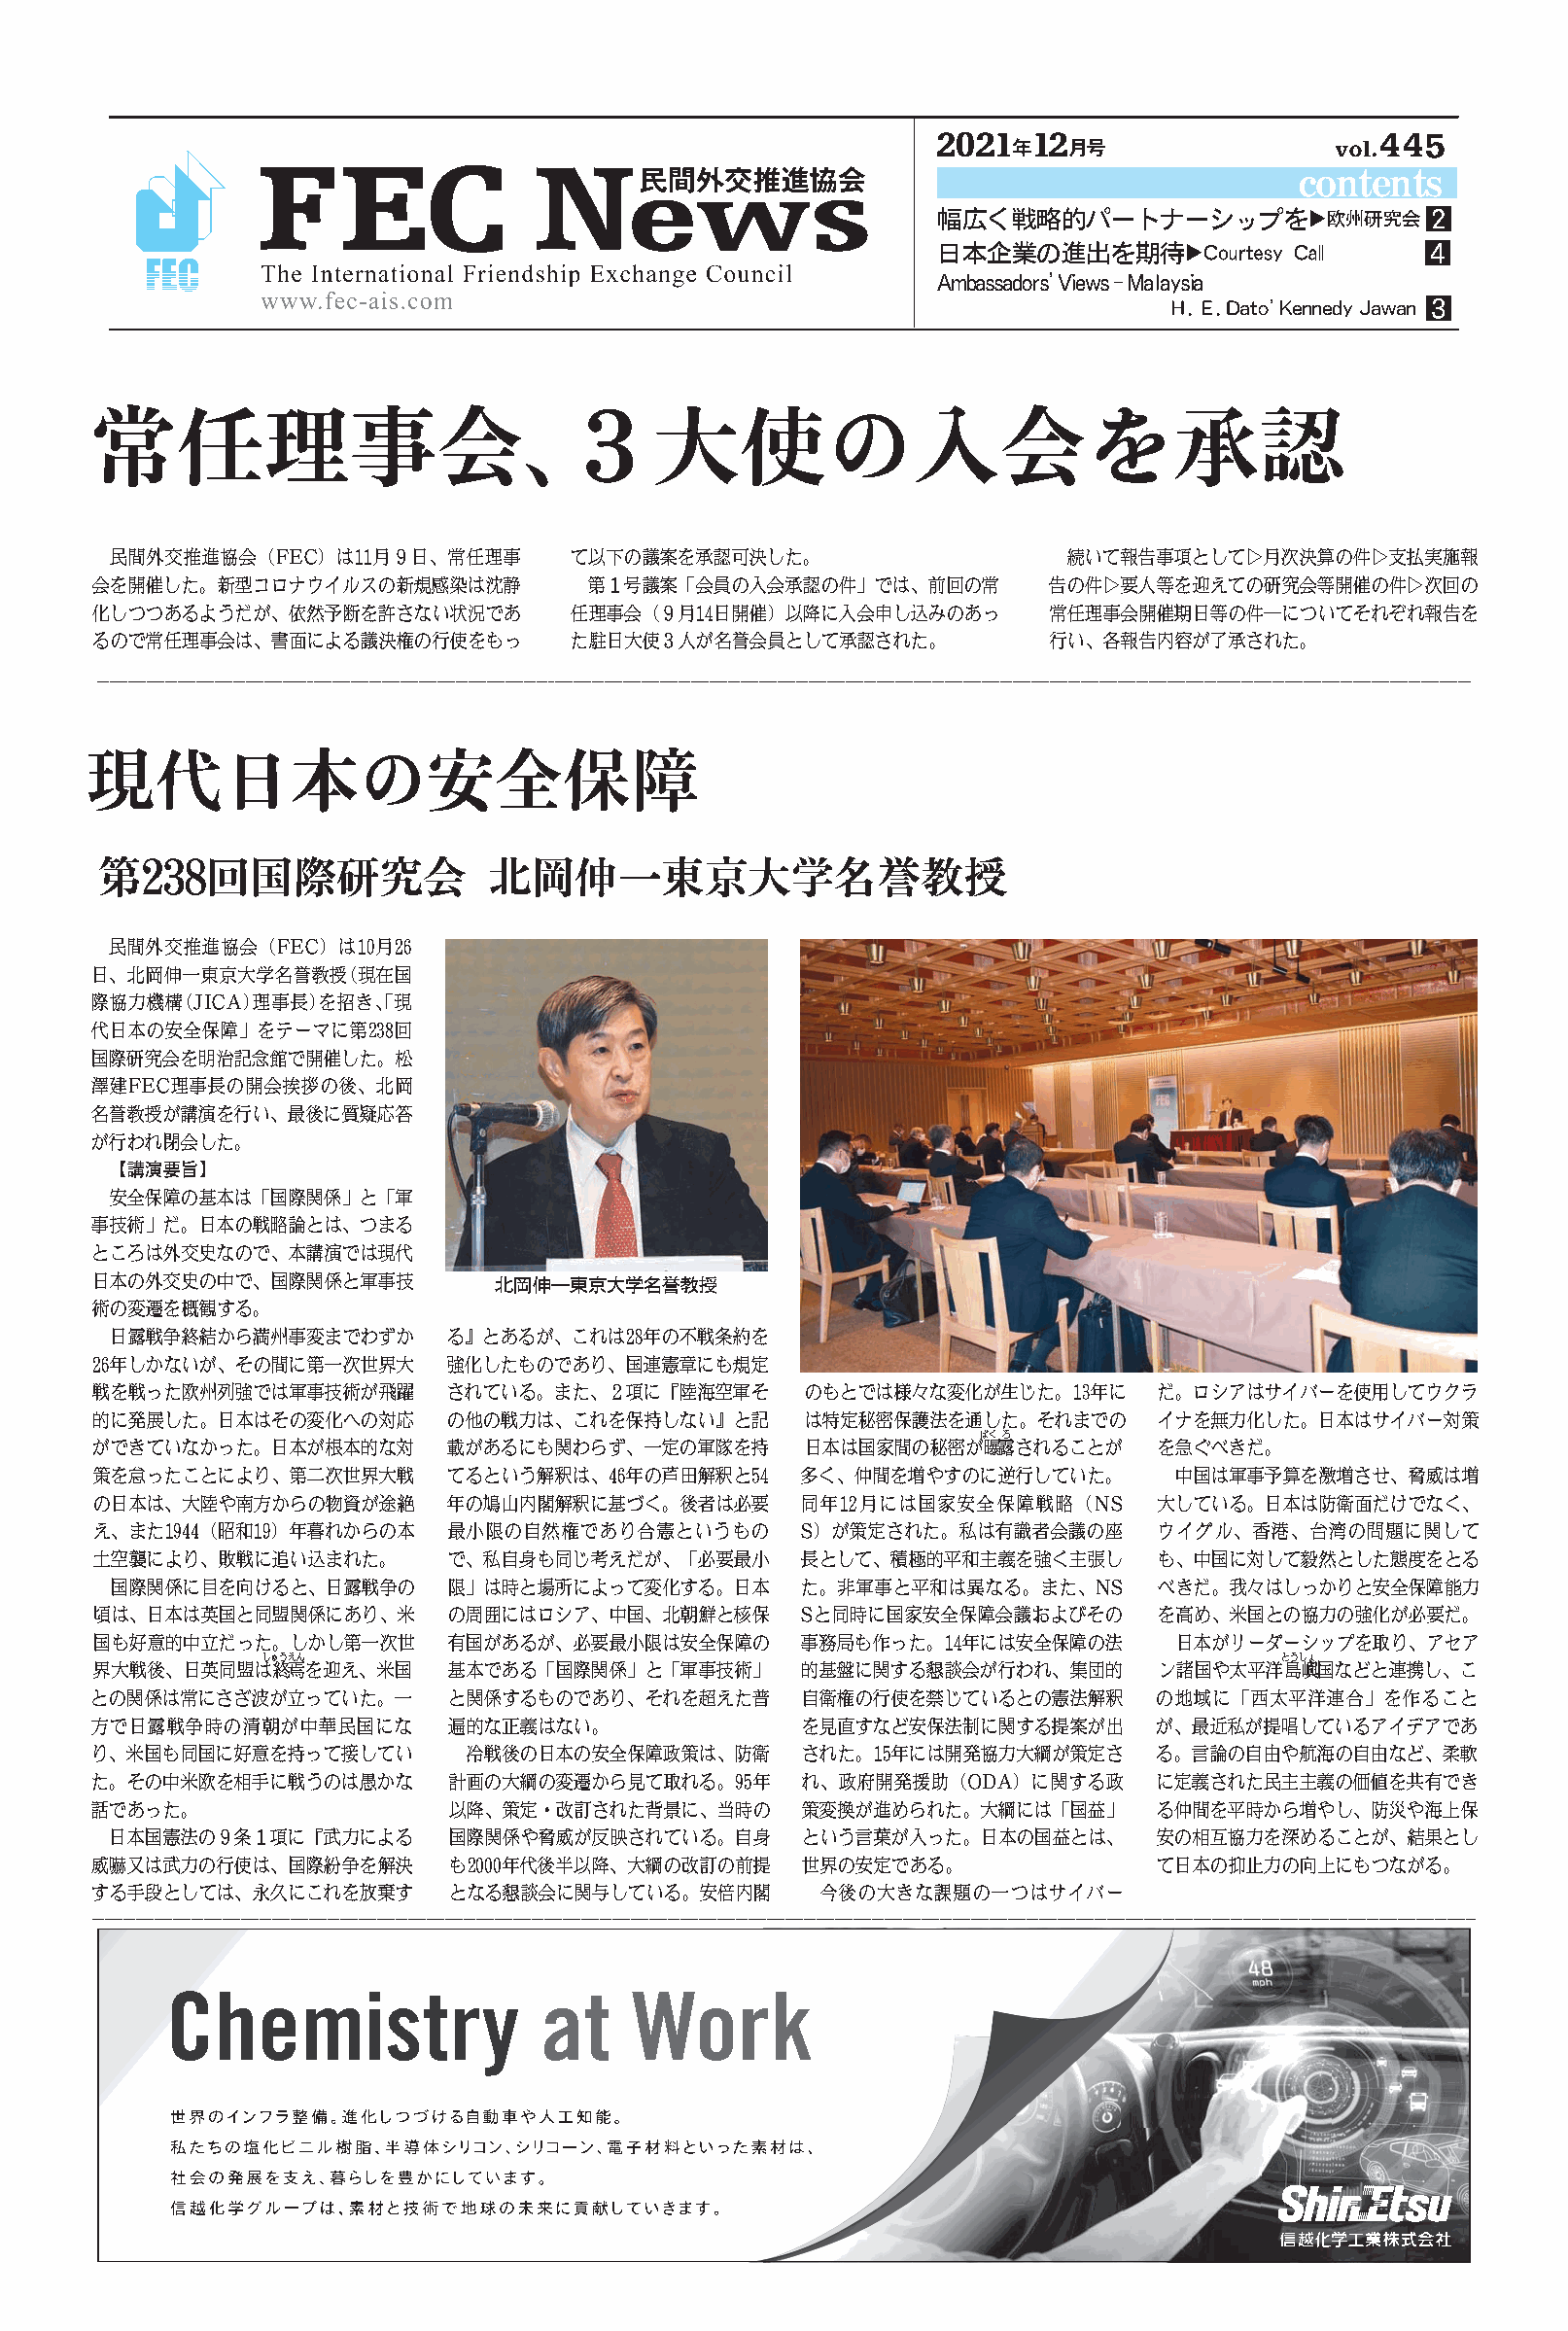
AAAAAAAA
 AAAAAAAAAAAAAAAAAAAAA            A
 AAAAAAAAAAAAAAAAAAAAAAA          A
 AAAAAAAAAAAAAAAAAAAAAAAAAA
 AAAAAAAAAAAAAAAAAAAAAA
 AAAAAAAAAAAAAAA
 AAAAAAAAAAAAAAAAAAAAAAA         AAAAAAAAAAAAAA                    AAAAAAAAAAAAAAAAAAAAAAA
 AAAAAAAAAAAAAAAAAAAAAAAA          AAAAAAAAAAAAAAAAAAAAAAA        AAAAAAAAAAAAAAAAAAAAAAAA
 AAAAAAAAAAAAAAAAAAAAAAAA         AAAAAAAAAAAAAAAAAAAAAAAA        AAAAAAAAAAAAAAAAAAAAAAAA
 AAAAAAAAAAAAAAAAAAAAAAAA         AAAAAAAAAAAAAAAAAAAAA           AAAAAAAAAAAAAAA
 AAAAAAAAAAAAAAAAAAAAAAAAAAAAAAAAAAAAAAAAAAAAAAAAAAAAAAAAAAAAAAAAAAAAAAAAAAAAAAAAAAAAAAAAAAAAAAAAAAAAAAAAAAAAAAAAAAAAAAAAAAAAAAAAAAAAAAAAAAAAAAAAAAAAAAAAAAAAAAAAAAAAAAAAAAAAAAAAAAAAAAAAAAAAAAAAAAAAAAAAAAAAAAAAAAAAAAAAAAAAAAA
 AAAAAAAAA
 AAAAAAAAAA                AAAAAAAAAAAA
 AAAAAAAAAAAAAAAAA
 AAAAAAAAAAAAAAAAAA
 AAAAAAAAAAAAAAAAAAAAA
 AAAAAAAAAAAAAAAAAAA
 AAAAAAAAAAAAAAAAAA
 AAAAAAAAAAAAAAAAAA
 AAAAAAAAAAAAAAAAAA
 AAAAAAAAA
 AAAAAA
 AAAAAAAAAAAAAAAAA
 AAAAAAAAAAAAAAAAAA
 AAAAAAAAAAAAAAAAAA
 AAAAAAAAAAAAAAAAAA          AAAAAAAAAAAA
 AAAAAAAAAA
 AAAAAAAAAAAAAAAAA      AAAAAAAAAAAAAAAAAA
 AAAAAAAAAAAAAAAAAA      AAAAAAAAAAAAAAAAAA
 AAAAAAAAAAAAAAAAAA      AAAAAAAAAAAAAAAAAA       AAAAAAAAAAAAAAAAAA      AAAAAAAAAAAAAAAAAA
 AAAAAAAAAAAAAAAAAA      AAAAAAAAAAAAAAAAAA       AAAAAAAAAAAAAAAAAA      AAAAAAAAAAAAAAAAAA
 AAA
 AAAAAAAAAAAAAAAAAA      AAAAAAAAAAAAAAAAAA       AAAAAAAAAAAAAAAAAA      AAAAAAA
 AAAAAAAAAAAAAAAAAA      AAAAAAAAAAAAAAAAAA       AAAAAAAAAAAAAAAAAA       AAAAAAAAAAAAAAAAA
 AAAAAAAAAAAAAAAAAA      AAAAAAAAAAAAAAAAAA       AAAAAAAAAAAAAAAAA       AAAAAAAAAAAAAAAAAA
 AAAAAAAAAAAAAAAAAAAA    AAAAAAAAAAAAAAAAA       AAAAAAAAAAAAAAAAAA       AAAAAAAAAAAAAAAAA
 AAAAAAAAAAAAAAAAA       AAAAAAAAAAAAAAAAAA       AAAAAAAAAAAAAAAAAA      AAAAAAAAAAAAAAAAAA
 AAAAAAAAAAAAAAAAA     AAAAAAAAAAAAAAAAAA       AAAAAAAAAAAAAAAAAA      AAAAAAAAAAAAAAAAAA
 AAAAAAAAAAAAAAAAAA      AAAAAAAAAAAAAAAAAA      AAAAAAAAAAAAAAAAAA       AAAAAAAAAAAAAAAAAA
 AAAAAAAAAAAAAAAAAA       AAAAAAAAAAAAAAAAAA      AAAAAAAAAAAAAAAAAA       AAAAAAAAAAAAAAAAA
 AAAAA                                                                AAAA
 AAAAAAAAAAAAAAAAAA       AAAAAAAAAAAAAAAAAA      AAAAAAAAAAAAAAAAAA      AAAAAAAAAAAAAAAAAA
 AAAAAAAAAAAAAAAAAA       AAAAAAAAAAAAAAAAAA      AAAAAAAAAAAAAAAAAA      AAAAAAAAAAAAAAAAA
 AAAAAAAAAAAAAAAAA        AAAAAAAAA               AAAAAAAAAAAAAAAAAA      AAAAAAAAAAAAAAAAAA
 AAAAAAAAAAAAAAAAAA        AAAAAAAAAAAAAAAAA      AAAAAAAAAAAAAAAAAA      AAAAAAAAAAAAAAAAAA
 AAAAAAAAAAAAAAAAAA       AAAAAAAAAAAAAAAAAA      AAAAAAAAAAAAAAAAAA      AAAAAAAAAAAAAAAAAA
 AAAAAA                   AAAAAAAAAAAAAAAAAA      AAAAAAAAAAAAAAAAAA      AAAAAAAAAAAAAAAAAA
 AAAAAAAAAAAAAAAAA       AAAAAAAAAAAAAAAAAA      AAAAAAAAAAAAAAAAAA      AAAAAAAAAAAAAAAAAA
 AAAAAAAAAAAAAAAAAA       AAAAAAAAAAAAAAAAAAAA    AAAAAAAAA               AAAAAAAAAAAAAAAAA
 AAAAAAAAAAAAAAAAAA       AAAAAAAAAAAAAAAAAA       AAAAAAAAAAAAAAAA
 AAAAAAAAAAAAAAAAAAAAAAAAAAAAAAAAAAAAAAAAAAAAAAAAAAAAAAAAAAAAAAAAAAAAAAAAAAAAAAAAAAAAAAAAAAAAAAAAAAAAAAAAAAAAAAAAAAAAAAAAAAAAAAAAAAAAAAAAAAAAAAAAAAAAAAAAAAAAAAAAAAAAAAAAAAAAAAAAAAAAAAAAAAAAAAAAAAAAAAAAAAAAAAAAAAAAAAAAAAAAAAAA